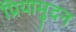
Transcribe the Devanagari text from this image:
प्रियामुदन